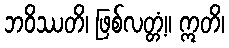
ဘဝိဿတိ၊ ဖြစ်လတ္တံ့။ ဣတိ၊